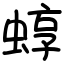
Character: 蜳